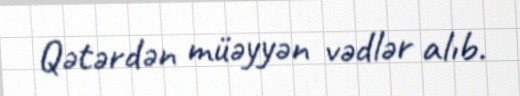
Qətərdən müəyyən vədlər alıb.